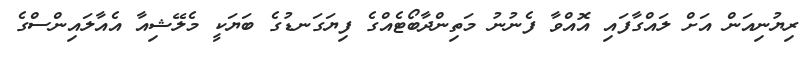
ރިޔުނިއަން އަށް ލައްގާފައި އޮއްވާ ފެނުނު މަތިންދާބޯޓެއްގެ ފިޔަގަނޑުގެ ބަޔަކީ މެލޭޝިއާ އެއާލައިންސްގެ